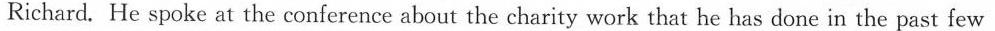
Richard.He spoke at the conference about the charity work that he has done in the past few